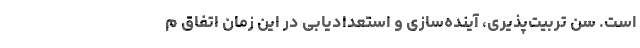
است. سن تربیت‌پذیری، آینده‌سازی و استعدادیابی در این زمان اتفاق م